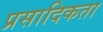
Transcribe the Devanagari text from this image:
प्रसादिकता